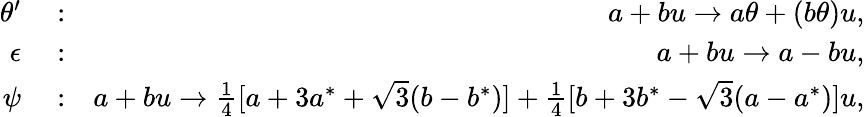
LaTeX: \begin{array}{rlr}{\theta^{\prime}}&{{}:}&{a+bu\rightarrow a\theta+(b\theta)u,}\\ {\epsilon}&{{}:}&{a+bu\rightarrow a-bu,}\\ {\psi}&{{}:}&{a+bu\rightarrow\frac{1}{4}[a+3a^{*}+\sqrt{3}(b-b^{*})]+\frac{1}{4}[b+3b^{*}-\sqrt{3}(a-a^{*})]u,}\end{array}